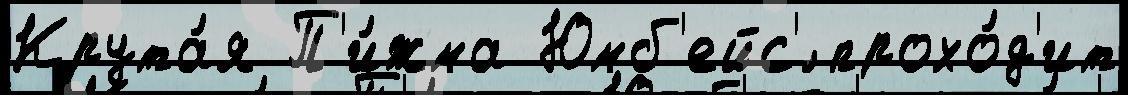
Крута́я П'и́жма Юмб'ейс'́ прохо́д'ит